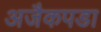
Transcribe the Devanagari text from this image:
अजैकपडा